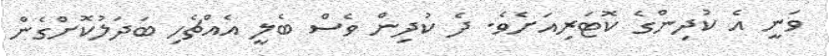
ވަނީ އެ ކުދިންގެ ކޮޓަރިއަށެވެ. ދެ ކުދިން ވެސް ބެލީ އެއްޗެހި ބަދަލުކޮށްގެން